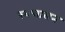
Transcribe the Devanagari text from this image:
स्‍वचालन